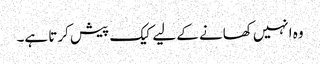
وہ انہیں کھانے کے لیے کیک پیش کرتا ہے۔